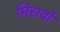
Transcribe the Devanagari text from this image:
मिरावो